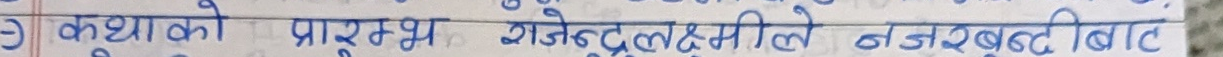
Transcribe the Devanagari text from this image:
3 कथाको पारम्थ राजेन्द्रलक्ष्मीले नरबड खिटि